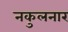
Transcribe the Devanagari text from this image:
नकुलनार